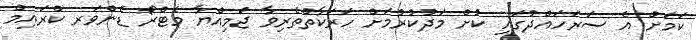
ކަމަށް އެ ސަރަހައްދުގައި ކުށް މަދުކުރުމަށް ހަރަކާތްތެރިވާ ޖަމިއްޔާ މެޓްރޯ ޑެންވަރ ކްރައިމް